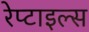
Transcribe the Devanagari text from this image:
रेप्टाइल्स